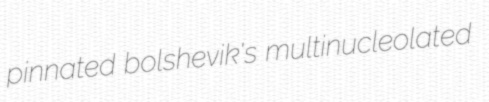
pinnated bolshevik's multinucleolated